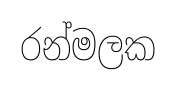
රන්මලක